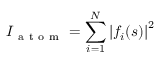
I _ { \mathrm { ~ a ~ t ~ o ~ m ~ } } = \sum _ { i = 1 } ^ { N } \left| f _ { i } ( s ) \right| ^ { 2 }